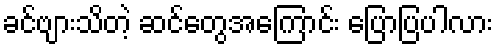
ခင်ဗျားသိတဲ့ ဆင်တွေအကြောင်း ပြောပြပါလား